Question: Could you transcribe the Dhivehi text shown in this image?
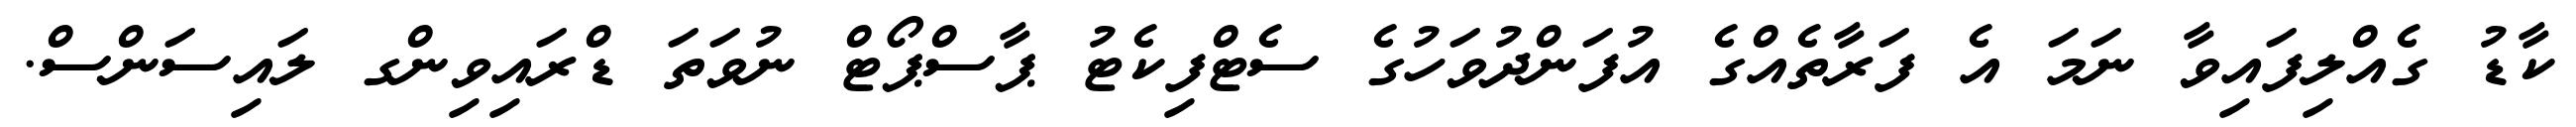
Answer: ކާޑު ގެއްލިފައިވާ ނަމަ އެ ފަރާތެއްގެ އުފަންދުވަހުގެ ސެޓްފިކެޓު ޕާސްޕޯޓް ނުވަތަ ޑްރައިވިންގ ލައިސަންސް.